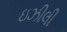
ઇઝીલી